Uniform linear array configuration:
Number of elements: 64
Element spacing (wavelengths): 0.5
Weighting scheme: exponential
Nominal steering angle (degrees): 15
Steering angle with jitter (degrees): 13.464
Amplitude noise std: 0.05
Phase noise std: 0.05

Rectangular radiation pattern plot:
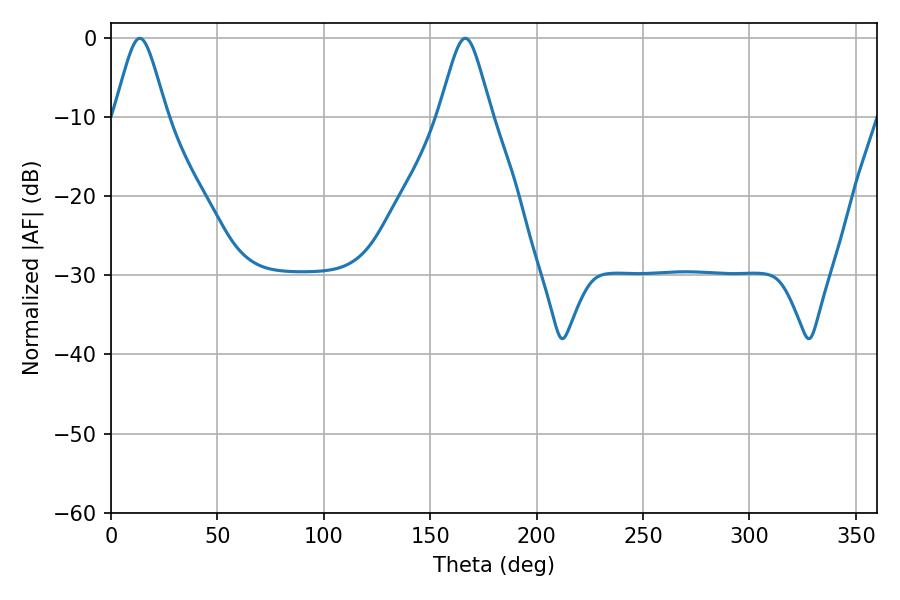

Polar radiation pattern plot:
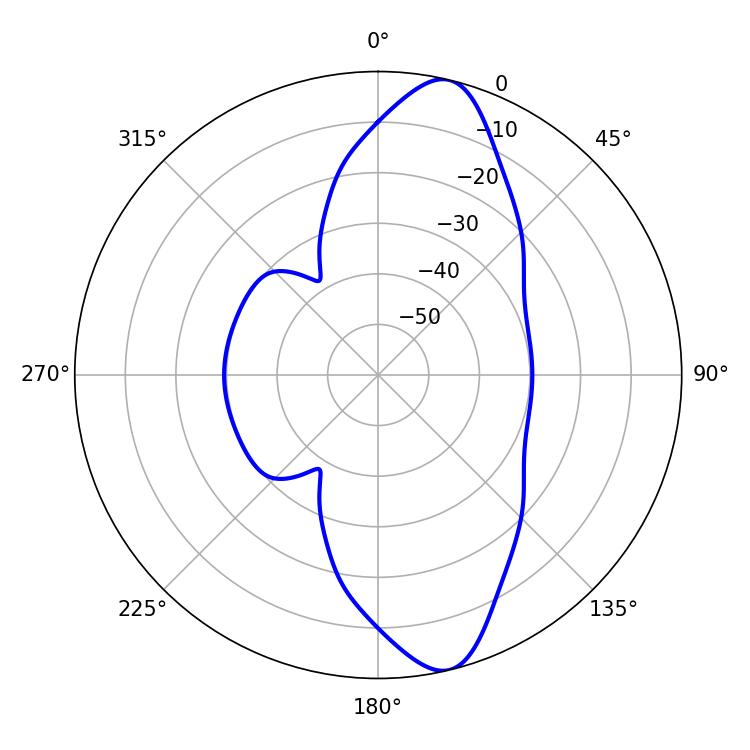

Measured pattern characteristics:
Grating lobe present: FALSE
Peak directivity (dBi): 12.114
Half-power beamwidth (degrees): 12.06
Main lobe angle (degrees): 13.5